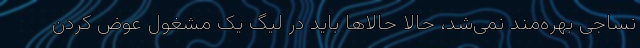
نساجی بهره‌مند نمی‌شد، حالا حالاها باید در لیگ یک مشغول عوض کردن